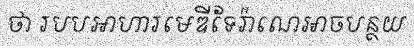
ថា របបអាហារមេឌីទែរ៉ាណេអាចបន្ថយ